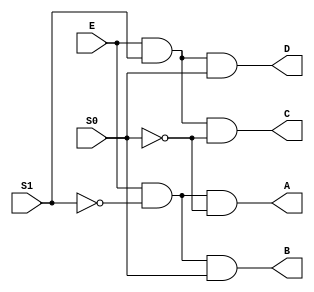
module demux(input E,input S1,input S0,output A,output B,output C,output D);

assign A = (E&(~S1)&(~S0));
assign B = (E&(~S1)&(S0));
assign C = (E&(S1)&(~S0));
assign D = (E&(S1)&(S0));

endmodule